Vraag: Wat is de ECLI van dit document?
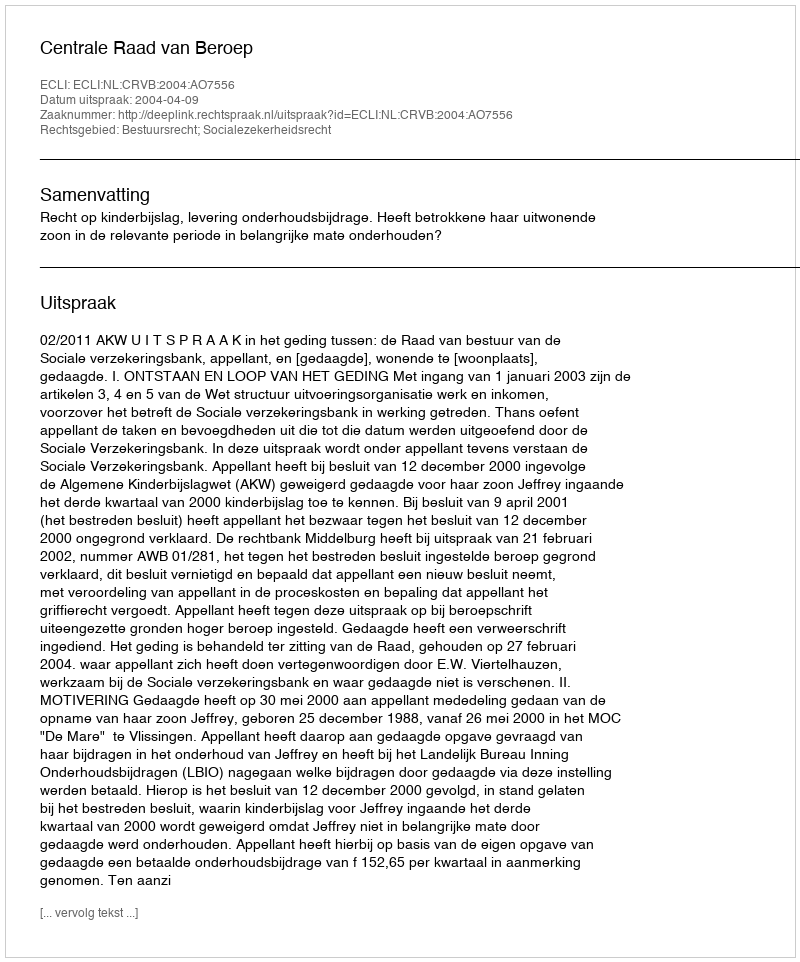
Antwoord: ECLI:NL:CRVB:2004:AO7556